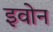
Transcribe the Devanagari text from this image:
इवोन